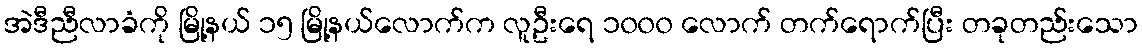
အဲဒီညီလာခံကို မြို့နယ် ၁၅ မြို့နယ်လောက်က လူဦးရေ ၁၀၀၀ လောက် တက်ရောက်ပြီး တခုတည်းသော